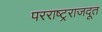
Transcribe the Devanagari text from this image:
परराष्ट्रराजदूत